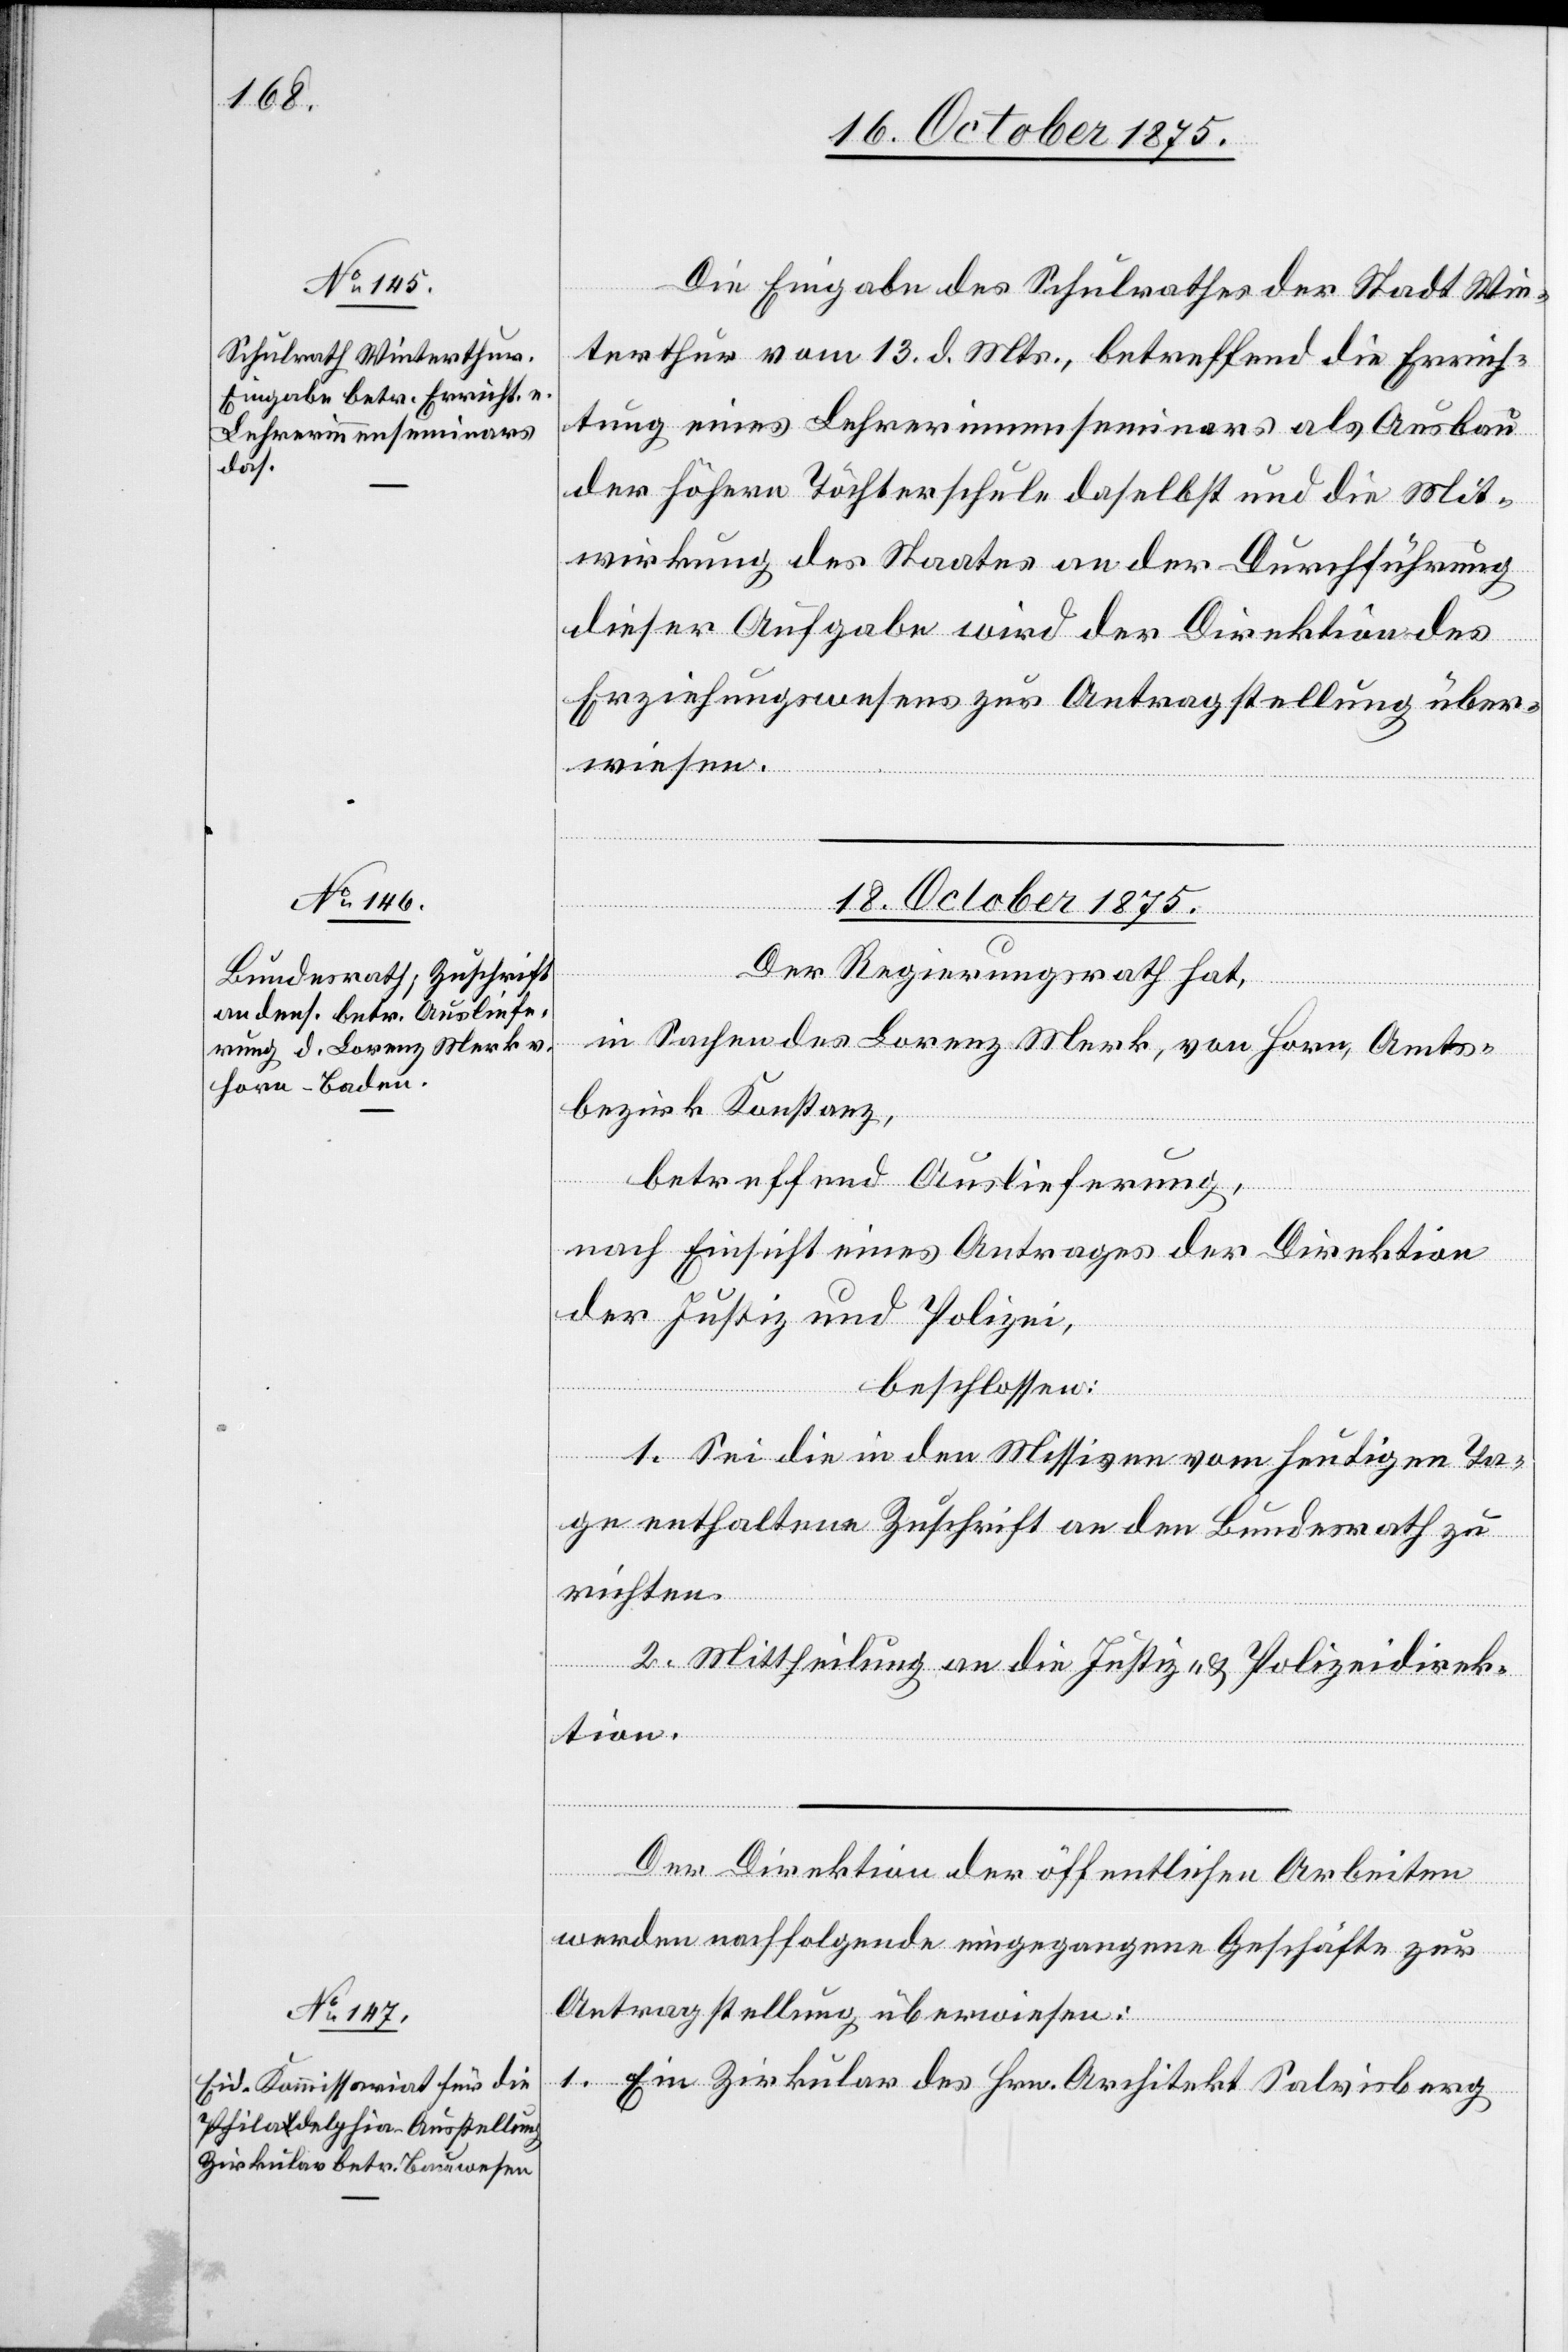
16. October 1875.]
Die Eingabe des Schulrathes der Stadt Win¬
terthur vom 13. d. Mts., betreffend die Errich¬
tung eines Lehrerinnenseminars als Ausbau
der höhern Töchterschule daselbst und die Mit¬
wirkung des Staates an der Durchführung
dieser Aufgabe wird der Direktion des
Erziehungswesens zur Antragstellung über¬
wiesen.
18. October 1875.]
Der Regierungsrath hat,
in Sachen des Lorenz Merk , von Horn, Amts¬
bezirk Konstanz,
betreffend Auslieferung,
nach Einsicht eines Antrages der Direktion
der Justiz und Polizei,
beschlossen:
1. Sei die in den Missiven vom heutigen Ta¬
ge enthaltene Zuschrift an den Bundesrath zu
richten.
2. Mittheilung an die Justiz- & Polizeidirek¬
tion.
Der Direktion der öffentlichen Arbeiten
werden nachfolgende eingegangene Geschäfte zur
Antragstellung überwiesen:
1. Ein Zirkular des Hrn. Architekt Salvisberg